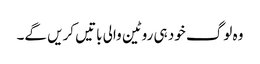
وہ لوگ خود ہی روٹین والی باتیں کریں گے۔